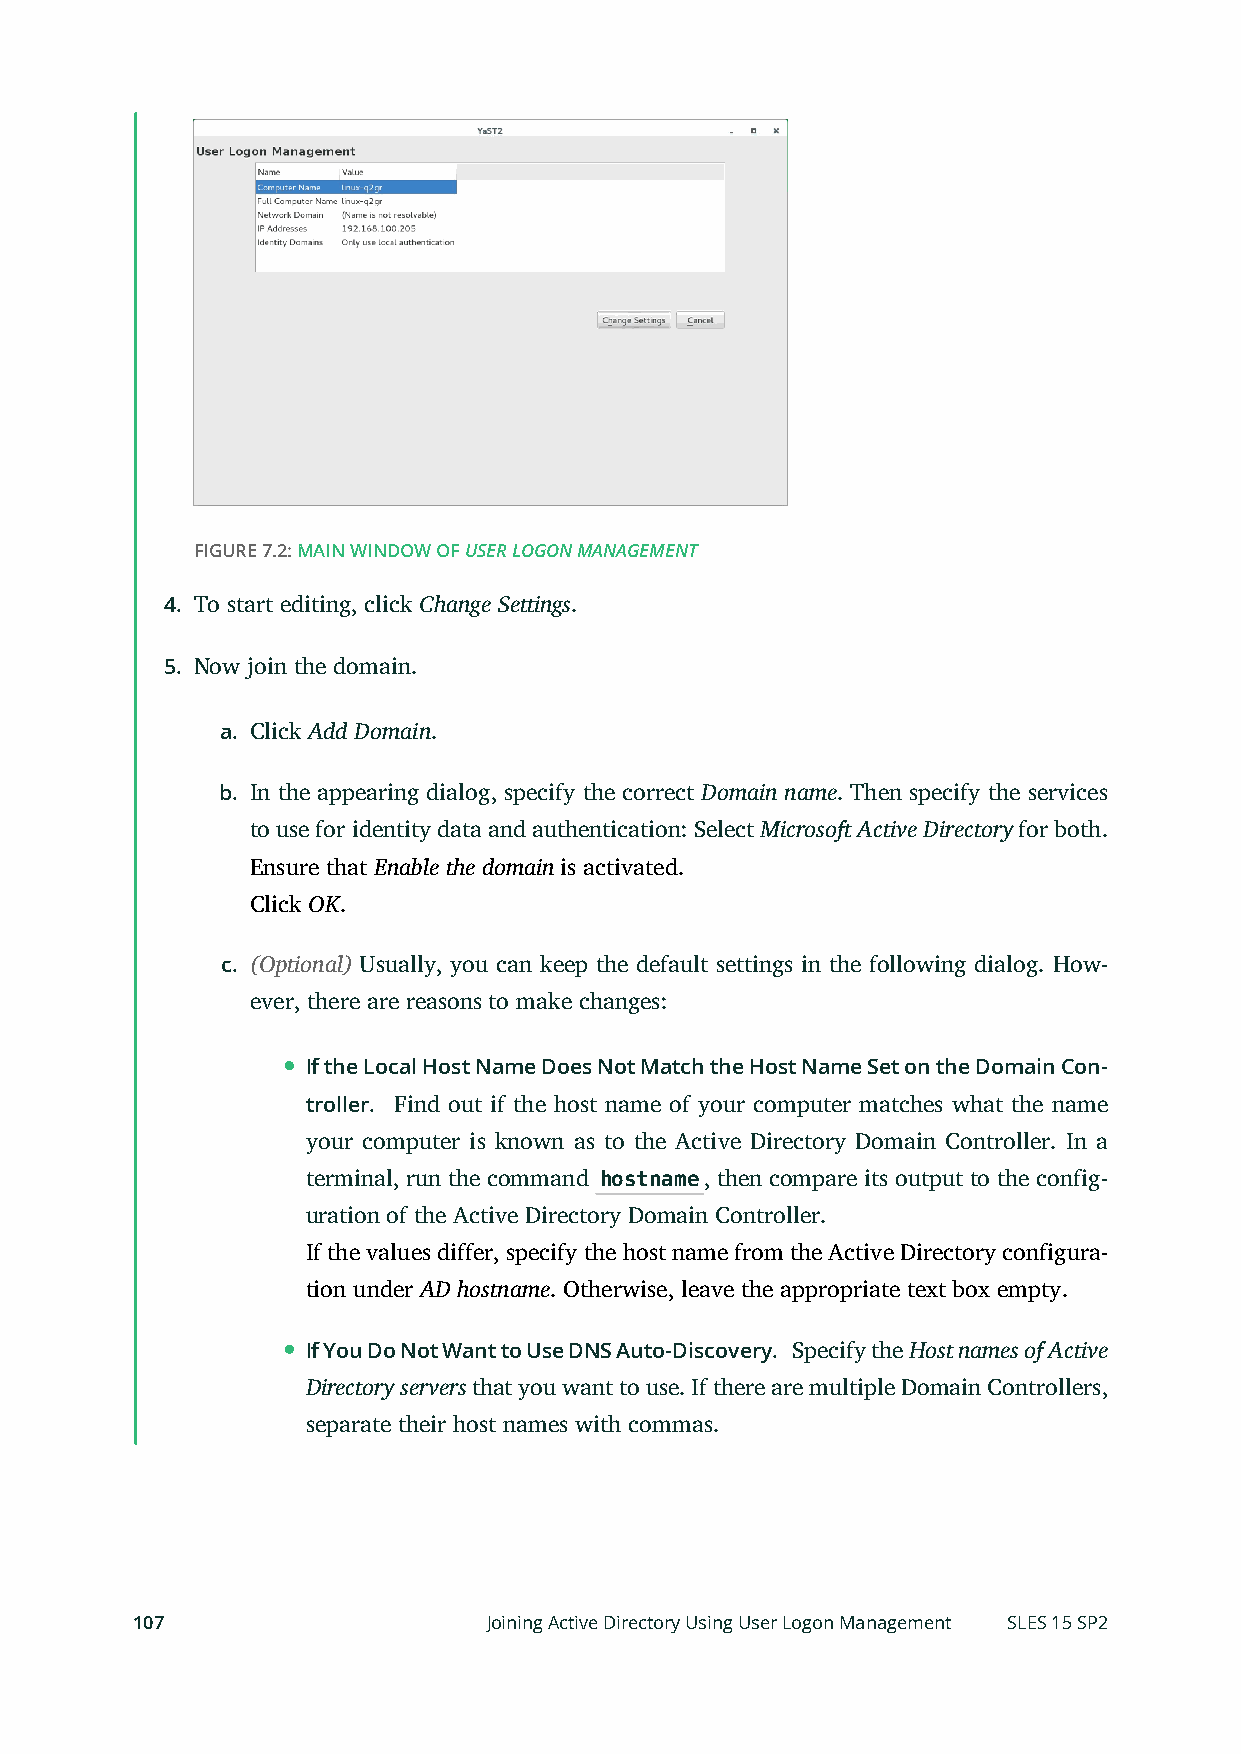
FIGURE 7.2: MAIN WINDOW OF USER LOGON MANAGEMENT
 4. To start editing, click Change Settings.
 5. Now join the domain.
 a. Click Add Domain.
 b. In the appearing dialog, specify the correct Domain name. Then specify the services
 to use for identity data and authentication: Select Microsoft Active Directory for both.
 Ensure that Enable the domain is activated.
 Click OK.
 c. (Optional) Usually, you can keep the default settings in the following dialog. How-
 ever, there are reasons to make changes:
 If the Local Host Name Does Not Match the Host Name Set on the Domain Con-
 troller. Find out if the host name of your computer matches what the name
 your computer is known as to the Active Directory Domain Controller. In a
 terminal, run the command hostname, then compare its output to the config-
 uration of the Active Directory Domain Controller.
 If the values differ, specify the host name from the Active Directory configura-
 tion under AD hostname. Otherwise, leave the appropriate text box empty.
 If You Do Not Want to Use DNS Auto-Discovery. Specify the Host names of Active
 Directory servers that you want to use. If there are multiple Domain Controllers,
 separate their host names with commas.
 107                    Joining Active Directory Using User Logon Management SLES 15 SP2